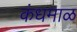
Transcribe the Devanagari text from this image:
कंधमाळ